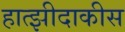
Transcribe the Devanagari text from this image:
हात्झीदाकीस